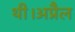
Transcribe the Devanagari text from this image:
थी।अप्रैल